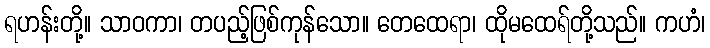
ရဟန်းတို့။ သာဝကာ၊ တပည့်ဖြစ်ကုန်သော။ တေထေရာ၊ ထိုမထေရ်တို့သည်။ ကဟံ၊